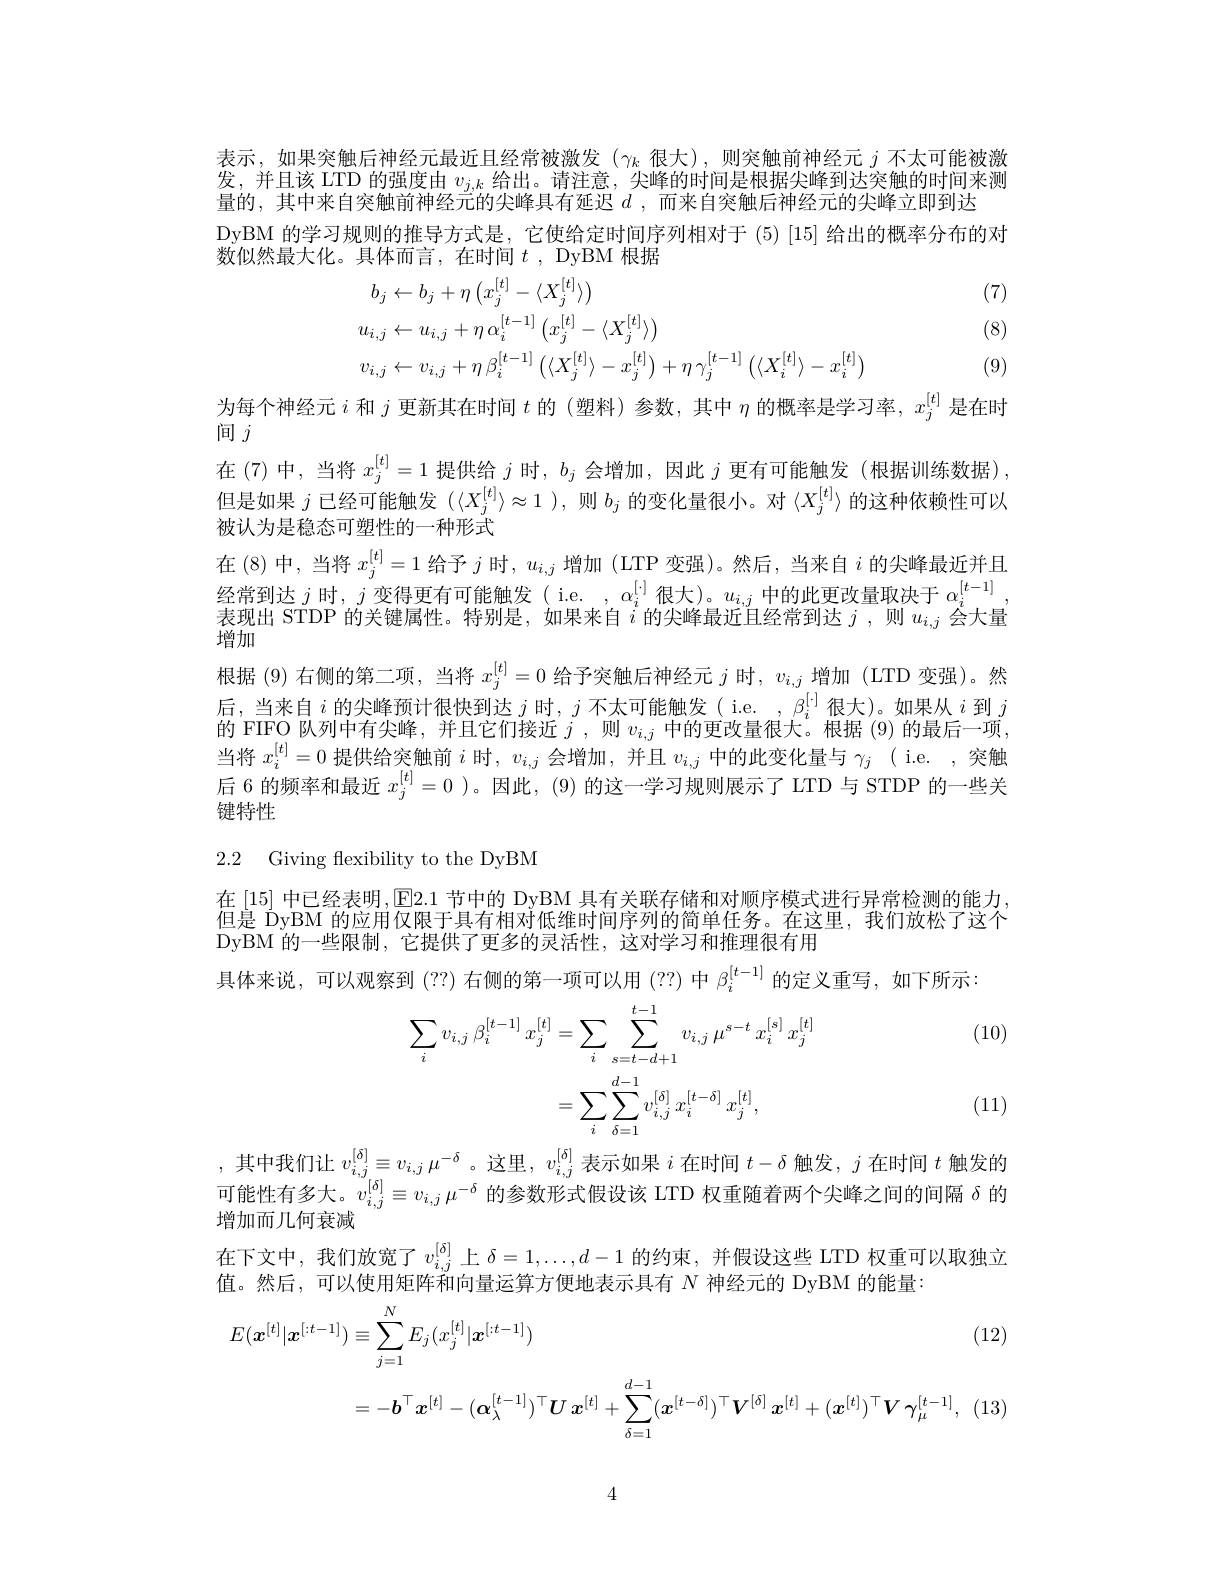
表示，如果突触后神经元最近且经常被激发($\gamma_k$很大),则突触前神经元$j$不太可能被激发，并且该 LTD 的强度由$v_{j,k}$给出。请注意，尖峰的时间是根据尖峰到达突触的时间来测量的，其中来自突触前神经元的尖峰具有延迟$d$ ,而来自突触后神经元的尖峰立即到达
DyBM 的学习规则的推导方式是，它使给定时间序列相对于(5)[15] 给出的概率分布的对
数似然最大化。具体而言，在时间$t$ ,DyBM 根据
$$\begin{aligned}&b_{j}\leftarrow b_{j}+\eta\left(x_{j}^{[t]}-\langle X_{j}^{[t]}\rangle\right)\\&u_{i,j}\leftarrow u_{i,j}+\eta\:\alpha_{i}^{[t-1]}\left(x_{j}^{[t]}-\langle X_{j}^{[t]}\rangle\right)\\&v_{i,j}\leftarrow v_{i,j}+\eta\:\beta_{i}^{[t-1]}\left(\langle X_{j}^{[t]}\rangle-x_{j}^{[t]}\right)+\eta\:\gamma_{j}^{[t-1]}\left(\langle X_{i}^{[t]}\rangle-x_{i}^{[t]}\right)\end{aligned}$$
(7)

(8)

为每个神经元$i$和$j$更新其在时间$t$的 (塑料)参数，其中$\eta$的概率是学习率，$x_j^{[t]}$是在时

(9)

间$j$

在(7)中，当将$x_j^[t]=1$提供给$j$时，$b_j$会增加，因此$j$更有可能触发(根据训练数据), 但是如果$j$已经可能触发$(\langle X_j^[t]\rangle\approx1$ ),则$b_j$的变化量很小。对$\langle X_j^[t]\rangle$的这种依赖性可以被认为是稳态可塑性的一种形式
在(8)中，当将$x_j^[t]=1$给予$j$时，$u_i,j$增加 (LTP 变强)。然后，当来自$i$的尖峰最近并且经常到达$j$ 时，$j$变得更有可能触发(i.e. ,$\alpha_i^[\cdot]$ 很大)。$u_i,j$ 中的此更改量取决于 $\alpha_i^{[t-1]}$, 表现出 STDP 的关键属性。特别是，如果来自$i$的尖峰最近且经常到达$j$ 、则$u_i$会大量增加
根据 (9) 右侧的第二项，当将$x_j^{[t]}=0$给予突触后神经元$j$时，$v_i,j$增加 (LTD 变强)。然后，当来自$i$ 的尖峰预计很快到达$j$ 时，$j$ 不太可能触发(i.e. $,\beta_i^{[\cdot]}$很大)。如果从$i$ 到$j$ 的 FIFO 队列中有尖峰，并且它们接近$j$ ,则$v_i,j$中的更改量很大。根据 (9)的最后一项当将$x_i^{[t]}=0$提供给突触前$i$时，$v_i,j$会增加 ,并且$v_i,j$中的此变化量与$\gamma_j$ ( i.e. ,突触后 6 的频率和最近$x_j^{[t]}=0$ )。因此，(9) 的这一学习规则展示了 LTD 与 STDP 的一些关键特性

### 2.2 Giving flexibility to the DyBM

在[15] 中已经表明，$\overline{\mathbb{E}}$2.1 节中的 DyBM 具有关联存储和对顺序模式进行异常检测的能力DyBM 的一些限制，它提供了更多的灵活性，这对学习和推理很有用
具体来说，可以观察到(??) 右侧的第一项可以用 (??)中$\beta_i^{[t-1]}$的定义重写，如下所示：

(10)
$$\begin{aligned}\sum_{i}v_{i,j}\:\beta_{i}^{[t-1]}\:x_{j}^{[t]}&=\sum_{i}\sum_{s=t-d+1}^{t-1}v_{i,j}\:\mu^{s-t}\:x_{i}^{[s]}\:x_{j}^{[t]}\\&=\sum_{i}\sum_{\delta=1}^{d-1}v_{i,j}^{[\delta]}\:x_{i}^{[t-\delta]}\:x_{j}^{[t]},\end{aligned}$$
(11)

,其中我们让$v_i,j^{[\delta]}\equiv v_{i,j}\mu^{-\delta}$。这里，$v_i,j^{[\delta]}$表示如果$i$在时间$t-\delta$触发，$j$在时间$t$触发的可能性有多大。$v_{i,j}^{[\delta]}\equiv v_{i,j}\mu^{-\delta}$的参数形式假设该 LTD 权重随着两个尖峰之间的间隔$\delta$的

增加而几何衰减
在下文中，我们放宽了$v_{i,j}^{[\delta]}$上 $\delta=1,\ldots,d-1$ 的约束，并假设这些 LTD 权重可以取独立
值。然后，可以使用矩阵和向量运算方便地表示具有$N$神经元的 DyBM 的能量：

(12)
$$\begin{aligned}E(\boldsymbol{x}^{[t]}|\boldsymbol{x}^{[t-1]})&\equiv\sum_{j=1}^NE_j(x_j^{[t]}|\boldsymbol{x}^{[t-1]})\\&=-\boldsymbol{b}^\top\boldsymbol{x}^{[t]}-(\boldsymbol{\alpha}_\lambda^{[t-1]})^\top\boldsymbol{U}\boldsymbol{x}^{[t]}+\sum_{\delta=1}^{d-1}(\boldsymbol{x}^{[t-\delta]})^\top\boldsymbol{V}^{[\delta]}\boldsymbol{x}^{[t]}+(\boldsymbol{x}^{[t]})^\top\boldsymbol{V}\boldsymbol{\gamma}_\mu^{[t-1]},\end{aligned}$$